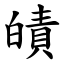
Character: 皟